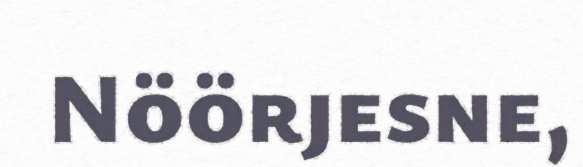
Nöörjesne,